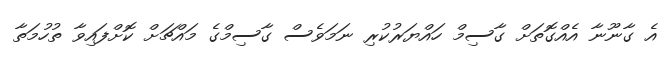
އެ ގާނޫނާ އެއްގޮތަށް ގާސިމް ހައްޔަރުކުރި ނަމަވެސް ގާސިމްގެ މައްޗަށް ކޮށްފައިވާ ތުހުމަތާ